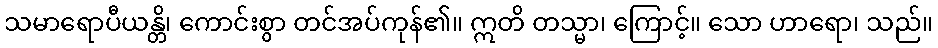
သမာရောပီယန္တိ၊ ကောင်းစွာ တင်အပ်ကုန်၏။ ဣတိ တသ္မာ၊ ကြောင့်။ သော ဟာရော၊ သည်။